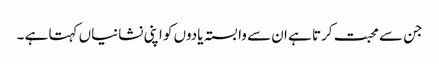
جن سے محبت کرتا ہے ان سے وابستہ یادوں کو اپنی نشانیاں کہتا ہے ۔